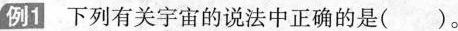
例1下列有关宇宙的说法中正确的是()。